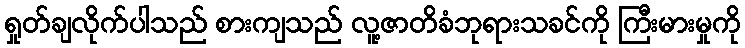
ရှုတ်ချလိုက်ပါသည် စားကျသည် လူ့ဇာတိခံဘုရားသခင်ကို ကြီးမားမှုကို